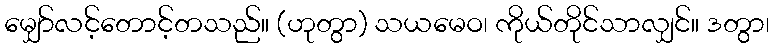
မျှော်လင့်တောင့်တသည်။ (ဟုတွာ) သယမေဝ၊ ကိုယ်တိုင်သာလျှင်။ ဒတွာ၊